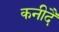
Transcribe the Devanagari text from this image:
कनीदै